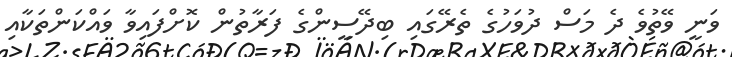
ވަނީ ވޭތުވެ ދެ މަސް ދުވަހުގެ ތެރޭގައި ބިދޭސީންގެ ފަރާތުން ކޮށްފައިވާ ވައްކަންތަކާއި